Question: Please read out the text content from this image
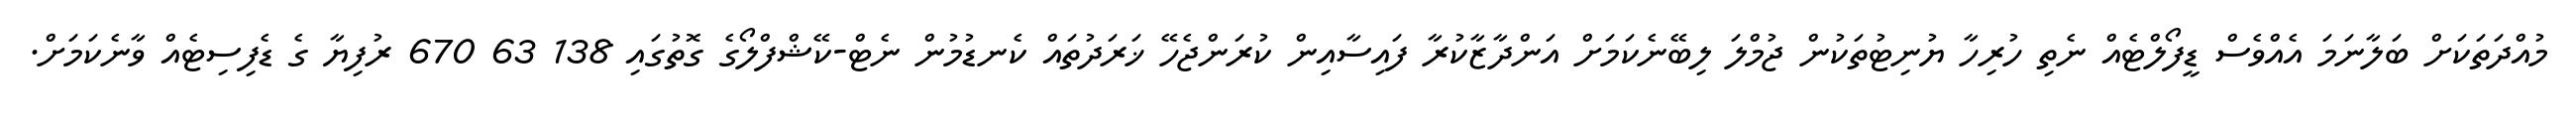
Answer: މުއްދަތަކަށް ބަލާނަމަ އެއްވެސް ޑީފޯލްޓެއް ނެތި ހުރިހާ ޔުނިޓުތަކުން ޖުމްލަ ލިބޭނެކަމަށް އަންދާޒާކުރާ ފައިސާއިން ކުރަންޖެހޭ ޚަރަދުތައް ކެނޑުމުން ނެޓް-ކޭޝްފްލޯގެ ގޮތުގައި 138 63 670 ރުފިޔާ ގެ ޑެފިސިޓެއް ވާނެކަމަށް.